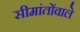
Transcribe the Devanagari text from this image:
सीमांतोंवाले